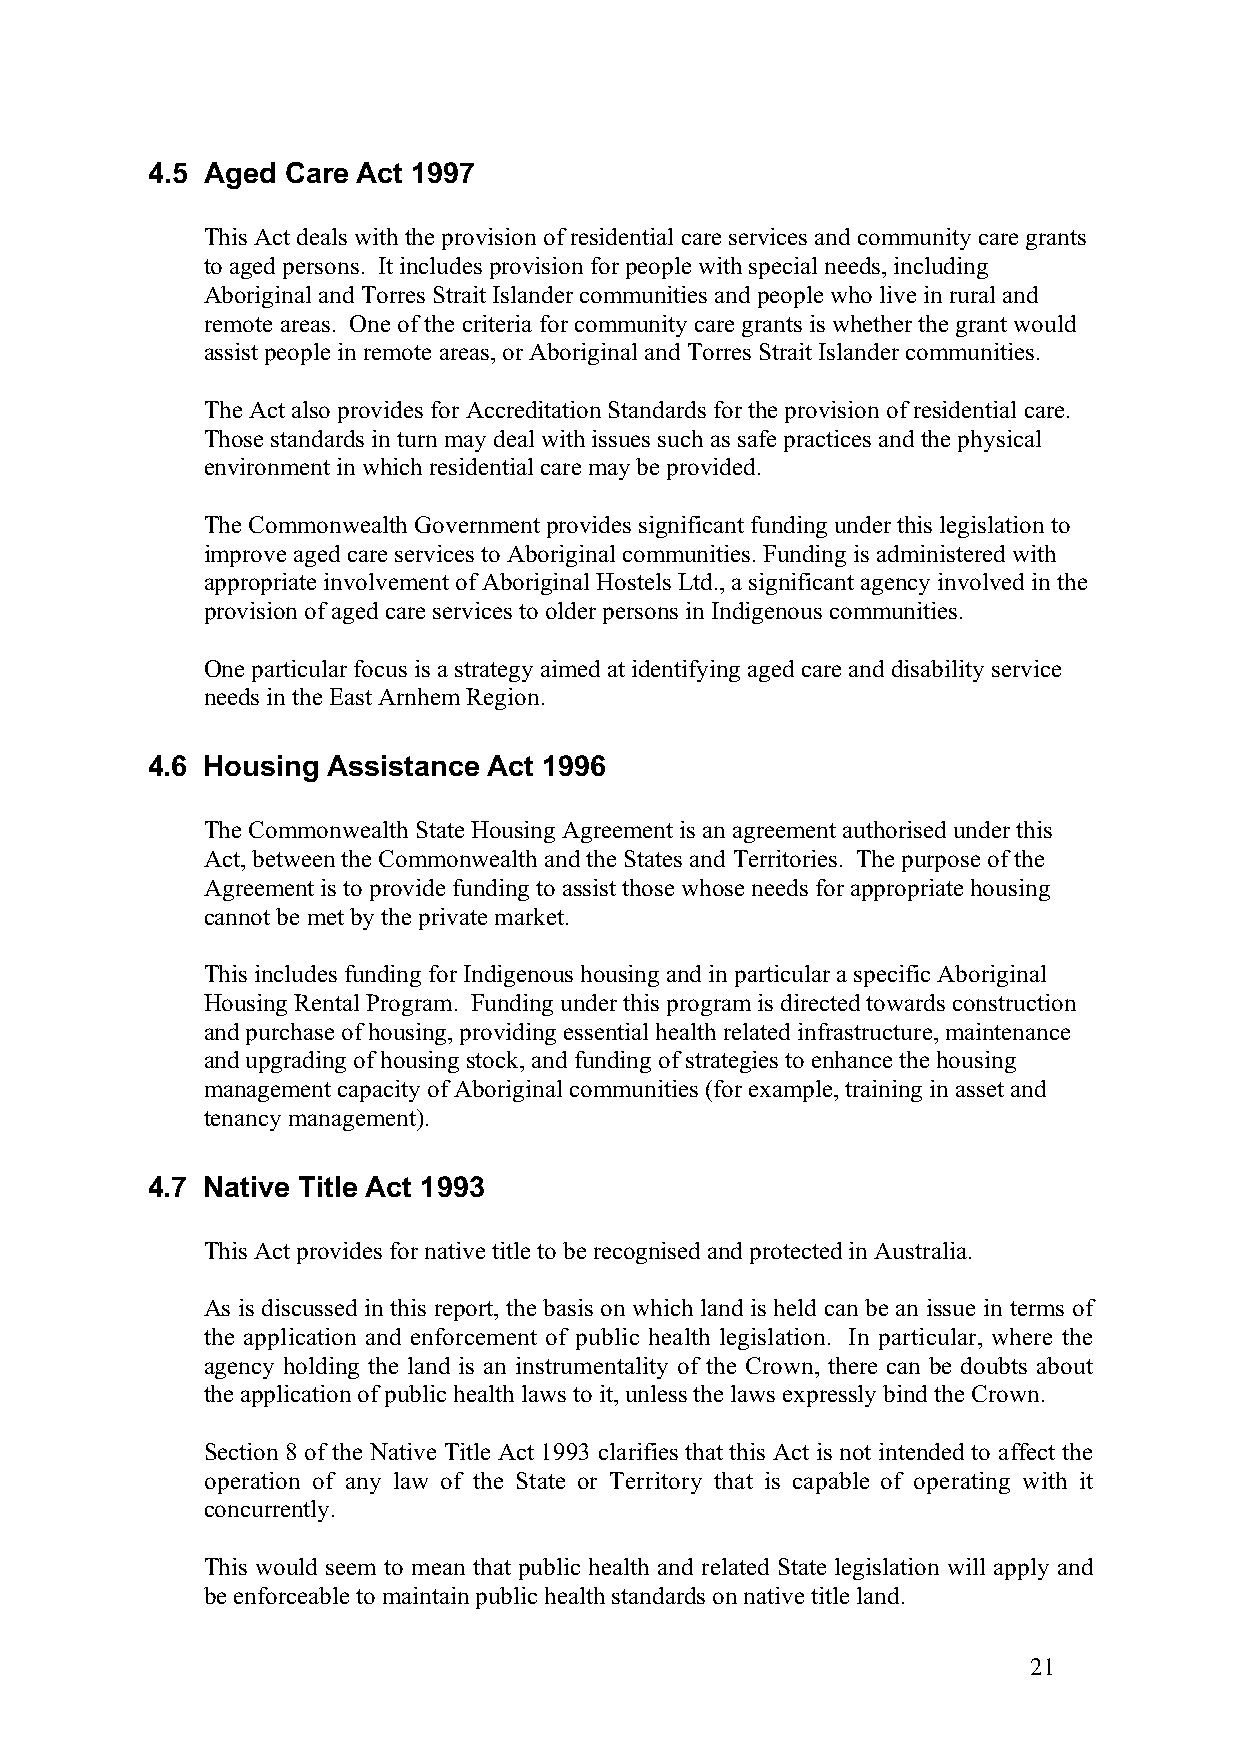
4.5 Aged Care Act 1997
 This Act deals with the provision of residential care services and community care grants
 to aged persons. It includes provision for people with special needs, including
 Aboriginal and Torres Strait Islander communities and people who live in rural and
 remote areas. One of the criteria for community care grants is whether the grant would
 assist people in remote areas, or Aboriginal and Torres Strait Islander communities.
 The Act also provides for Accreditation Standards for the provision of residential care.
 Those standards in turn may deal with issues such as safe practices and the physical
 environment in which residential care may be provided.
 The Commonwealth Government provides significant funding under this legislation to
 improve aged care services to Aboriginal communities. Funding is administered with
 appropriate involvement of Aboriginal Hostels Ltd., a significant agency involved in the
 provision of aged care services to older persons in Indigenous communities.
 One particular focus is a strategy aimed at identifying aged care and disability service
 needs in the East Arnhem Region.
 4.6 Housing Assistance Act 1996
 The Commonwealth State Housing Agreement is an agreement authorised under this
 Act, between the Commonwealth and the States and Territories. The purpose of the
 Agreement is to provide funding to assist those whose needs for appropriate housing
 cannot be met by the private market.
 This includes funding for Indigenous housing and in particular a specific Aboriginal
 Housing Rental Program. Funding under this program is directed towards construction
 and purchase of housing, providing essential health related infrastructure, maintenance
 and upgrading of housing stock, and funding of strategies to enhance the housing
 management capacity of Aboriginal communities (for example, training in asset and
 tenancy management).
 4.7 Native Title Act 1993
 This Act provides for native title to be recognised and protected in Australia.
 As is discussed in this report, the basis on which land is held can be an issue in terms of
 the application and enforcement of public health legislation. In particular, where the
 agency holding the land is an instrumentality of the Crown, there can be doubts about
 the application of public health laws to it, unless the laws expressly bind the Crown.
 Section 8 of the Native Title Act 1993 clarifies that this Act is not intended to affect the
 operation of any law of the State or Territory that is capable of operating with it
 concurrently.
 This would seem to mean that public health and related State legislation will apply and
 be enforceable to maintain public health standards on native title land.
 21